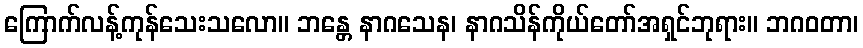
ကြောက်လန့်ကုန်သေးသလော။ ဘန္တေ နာဂသေန၊ နာဂသိန်ကိုယ်တော်အရှင်ဘုရား။ ဘဂဝတာ၊